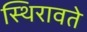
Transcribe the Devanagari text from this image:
स्थिरावते